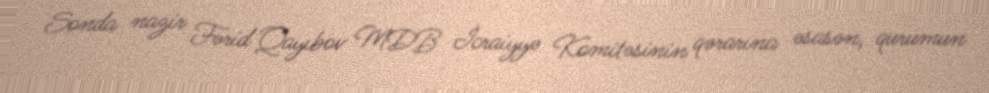
Sonda nazir Fərid Qayıbov MDB İcraiyyə Komitəsinin qərarına əsasən, qurumun